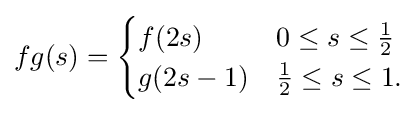
fg(s)={\begin{cases}f(2s)&0\leq s\leq {\frac {1}{2}}\\g(2s-1)&{\frac {1}{2}}\leq s\leq 1.\end{cases}}